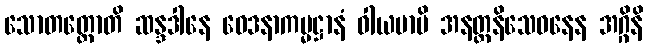
သောတတ္တောတိ ဆန္ဒဒါနေ ဝေဒနာကမ္မဋ္ဌာနံ ဝါယမာမိ အနတ္ထနိသေဓနေန အဂ္ဂိနိ